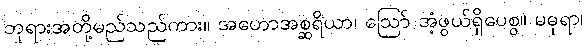
ဘုရားအတို့မည်သည်ကား။ အဟောအစ္ဆရိယာ၊ ဩော် အံ့ဖွယ်ရှိပေစွ။ မဓုရာ၊